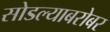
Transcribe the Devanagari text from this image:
सोडल्याबरोबर